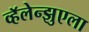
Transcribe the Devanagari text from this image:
व्हॅलेन्झुएला